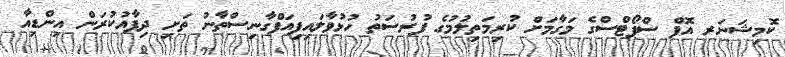
ކޮމިޝަނަރ އޮފް ސްޕޯޓްސްގެ މަގާމަށް ކުރިމަތިލުމުގެ ފުރުސަތު ހުޅުވާލައިފިއަފްގާނިސްތާނު ތަށި ދިފާއުކުރަން އިންޑިއާ